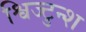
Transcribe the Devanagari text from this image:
श्विज्टुन्श